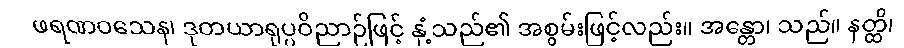
ဖရဏဝသေန၊ ဒုတယာရုပ္ပဝိညာဉ်ဖြင့် နှံ့သည်၏ အစွမ်းဖြင့်လည်း။ အန္တော၊ သည်။ နတ္ထိ၊